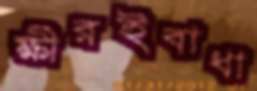
ক্ষীরইবাধা